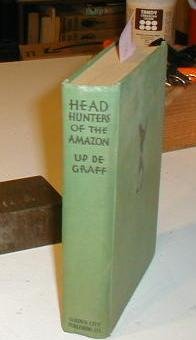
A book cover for Head Hunters of the Amazon; Up De Graff; Travel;